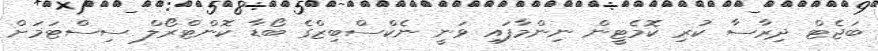
ބަޖެޓް ދިރާސާ ކުރި ކޮމެޓީން ނިންމާފައި ވަނީ ނެކްސްބިޒްގެ ބޯޑާ ކޮންޓްރޯލް ސިސްޓަމަށް